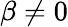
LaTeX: \beta\neq 0